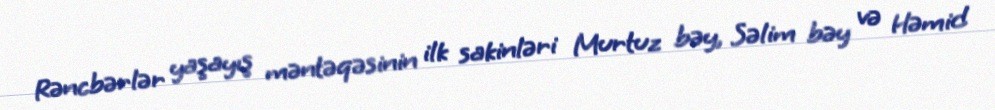
Rəncbərlər yaşayış məntəqəsinin ilk sakinləri Murtuz bəy, Səlim bəy və Həmid